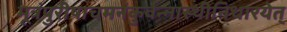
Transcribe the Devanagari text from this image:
मूत्रंपुरीषाचमनंकुर्वन्नास्थीनिधारयेत्